Dysentery and liver abscess in Bombay - Number 47
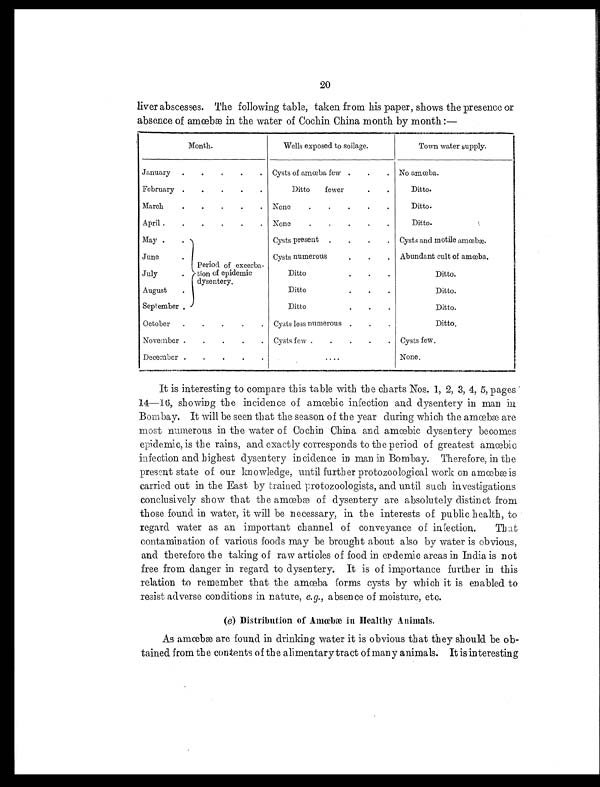
20
liver abscesses. The following table, taken from his paper, shows the presence or
absence of amœbæ in the water of Cochin China month by month:—
Month.
Wells exposed to soilage.
Town water supply.
January .
.
.
.
. Cysts of amœba few .
.
. No amœba.
February .
.
.
.
.
Ditto fewer
.
.
Ditto.
March
.
.
.
.
. None
.
.
.
.
.
Ditto.
April .
.
.
.
.
. None
.
. .
.
.
Ditto.
May .
.
Period of excerba-
tion of epidemic
dysentery.
Cysts present .
.
.
. Cysts and motile amœbæ.
June
.
Cysts numerous
.
.
. Abundant cult of amœba.
July
.
Ditto
.
.
.
Ditto.
August
.
Ditto
.
.
.
Ditto.
September .
Ditto
.
.
.
D i t t o .
October
.
.
.
.
. Cysts less numerous .
.
.
Ditto.
November .
.
.
.
. Cysts few .
.
.
.
. Cysts few.
December .
.
.
.
.
....
None.
It is interesting to compare this table with the charts Nos. 1 , 2, 3, 4, 5, pages
14—16, showing the incidence of amœbic infection and dysentery in man in
Bombay. It will be seen that the season of the year during which the amœbæ are
most numerous in the water of Cochin China and amœbic dysentery becomes
epidemic, is the rains, and exactly corresponds to the period of greatest amœbic
infection and highest dysentery incidence in man in Bombay. Therefore, in the
present state of our knowledge, until further protozoological work on amœbæ is
carried out in the East by trained protozoologists, and until such investigations
conclusively show that the amœbæ of dysentery are absolutely distinct from
those found in water, it will be necessary, in the interests of public health, to
regard water as an important channel of conveyance of infection. That
contamination of various foods may be brought about also by water is obvious,
and therefore the taking of raw articles of food in epdemic areas in India is not
free from danger in regard to dysentery. It is of importance further in this
relation to remember that the amœba forms cysts by which it is enabled to
resist adverse conditions in nature, e.g., absence of moisture, etc.
(e) Distribution of Amœbæ in Healthy Animals.
As amœbæ are found in drinking water it is obvious that they should be ob-
tained from the contents of the alimentary tract of many animals. It is interesting